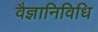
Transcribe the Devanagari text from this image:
वैज्ञानिविधि